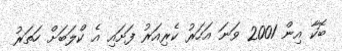
ބޮކާ އިން 2001 ވަނަ އަހަރު ކެރިއަރު ފަށައި އެ ކްލަބަށް ހަތަރު